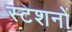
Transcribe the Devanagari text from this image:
स्टशनों